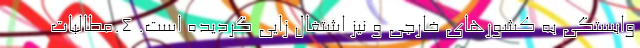
وابستگی به کشورهای خارجی و نیز اشتغال زایی گردیده است. ٤.مطالبات